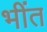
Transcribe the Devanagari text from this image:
भींत